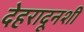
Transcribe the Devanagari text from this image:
देहरादूनशी